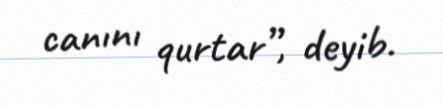
canını qurtar”, deyib.